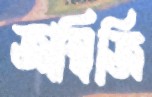
জাম্বিজি